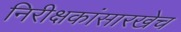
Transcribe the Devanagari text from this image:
निरीक्षकांसारखेच